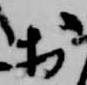
於